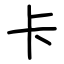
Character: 卡